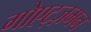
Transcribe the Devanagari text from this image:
गोएट्ज़मन